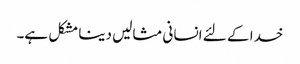
خدا کے لئے انسانی مثالیں دینا مشکل ہے۔